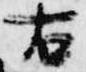
右